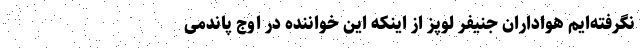
نگرفته‌ایم هواداران جنیفر لوپز از اینکه این خواننده در اوج پاندمی